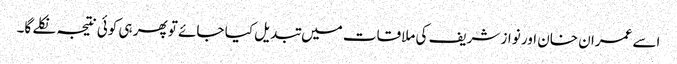
اسے عمران خان اور نواز شریف کی ملاقات میں تبدیل کیا جائے تو پھر ہی کوئی نتیجہ نکلے گا۔